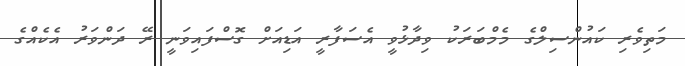
މަތިވެރި ކައުންސިލްގެ މެމްބަރަކު ވިދާޅުވީ އެސަފާރީ އަޑިއަށް ގޮސްފައިވަނީ ރޭ ދަންވަރު އެކެއްގެ